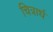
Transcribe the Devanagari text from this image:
चित्रार्ध